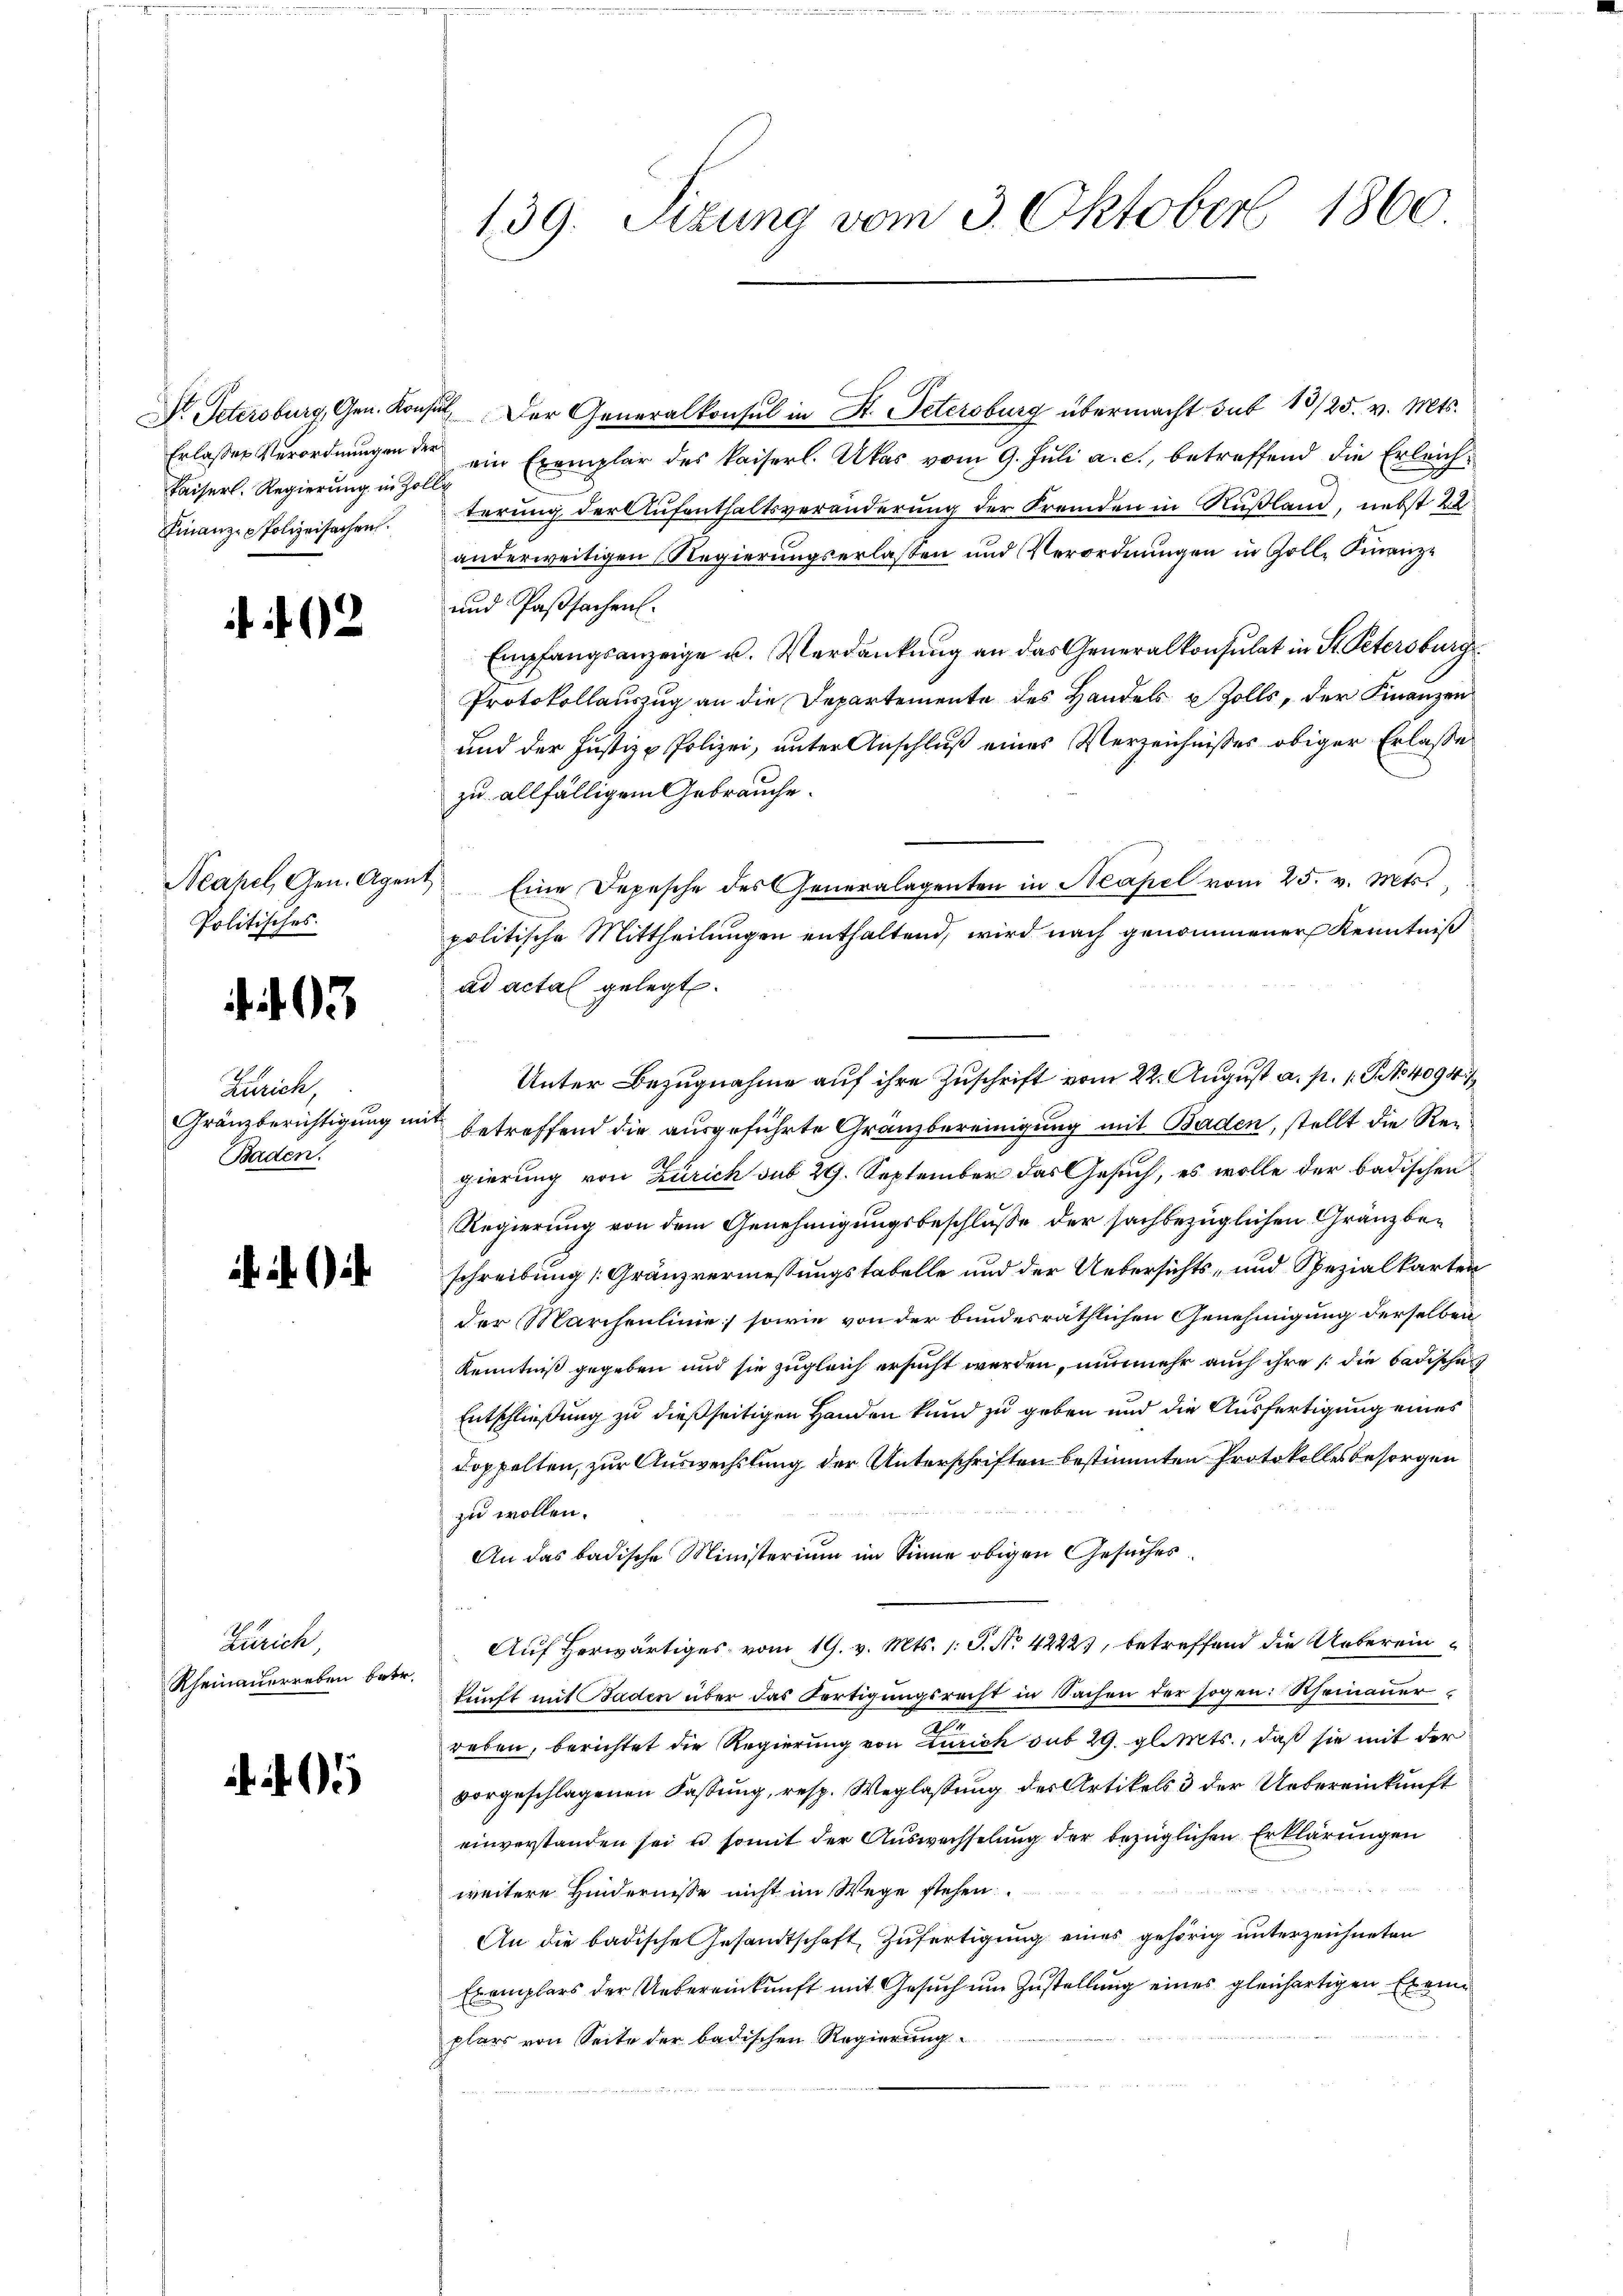
Erlasses Verordnungen.
Kaiserl. Regierung in Zo
Finanze Polizeifachen.

162

Politisches.

3

Zürich,
Gränzberichtigung u
Baden.

2.)

Zürich,
Rheinauerreben betr.

139. Sizung vom 3. Oktober 1860

Dr. Petersburg, Gen. Konsul, Der Generalkonsul in St. Petersburg übermacht sub 13/25. v. Mts.
 ein Exemplar des Kaiserl. Ukas vom 9. Juli a. c., betreffend die Erleich¬
1
terung der Aufenthaltsveränderung der Fremden in Rußland, nebst 22
anderweitigen Regierungserlassen und Verordnungen in Goll, Finanz¬
und Passachen.
Empfangsanzeige u. Verdankung an das Generalkonsulat in St. Petersburg
Protokollauszug an die Departemente des Handels & Zolls, der Finanzen
und der Justiz - Polizei, unter Anschluß eines Verzeichnisses obiger Erlaße
zu allfälligem Gebrauche.
Neahel, Gen. Agent. Eine Depesche des Generalagenten in Neapel vom 25. v. Mts.
politische Mittheilungen enthaltend, wird nach genommener Kenntniß
ad acta gelegt.
eit
betreffend die ausgeführte Gränzbereinigung mit Baden, stellt die Reigierung von Zürich sub 29. September das Gesuch, es wolle der badischen
Regierung von dem Genehmigungsbeschlusse der sachbezüglichen Gränzbeschreibung [Gränzvermessungstabelle und der Uebersichts- und Spezialkarten
der Marchenlinie sowie von der bundesräthlichen Genehmigung derselben
Kenntniß gegeben und sie zugleich ersucht werden, nunmehr auch ihre (die Badischaf
Entschließung zu dießseitigen Handen kund zu geben und die Ausfertigung eines
Doppelten, zur Auswechslung der Unterschriften bestimmten Protokolles besorgen
zu wollen.
An das badische Ministerium im Sinne obigen Gesuches
Auf herwärtiges vom 19. v. Mts. 1. P. No 4222), betreffend die Uebereinkunft mit Baden über das Fortigungsrecht in Sachen der sogen: Rheinauer
reben, berichtet die Regierung von Zürich sub 29. gl. Mts., daß sie mit der
vorgeschlagenen Fassung, resp. Weglassung der Artikels & der Uebereinkunft
einverstanden sei u. somit der Auswechselung der bezüglichen Erklärungen
weitere Hindernisse nicht im Wege stehen
An die badische Gesandtschaft Zufertigung eines gehörig unterzeichneten
Exemplars der Uebereinkunft mit Gesuch um Zustellung eines gleichertigen Exem
plars von Seite der badischen Regierung

Unter Bezugnahme auf ihre Zuschrift vom 22. August a. p. 1 S. No 4094/